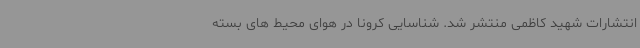
انتشارات شهید کاظمی منتشر شد. شناسایی کرونا در هوای محیط های بسته